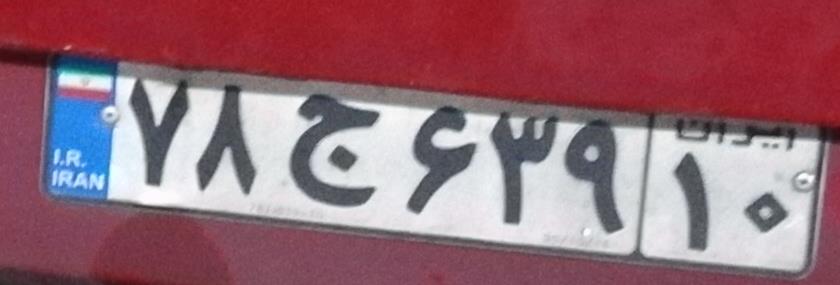
۷۸ج۶۳۹۱۰